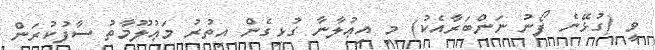
ވީ (ގުޅޭނެ ފޯނު ނަންބަރާއެކު) މި އިޢުލާނާ ގުޅިގެން އިތުރު މަޢުލޫމާތު ސާފުކުރަން